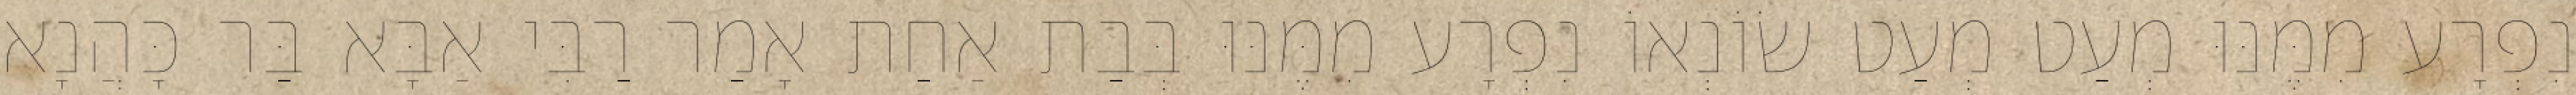
נִפְרָע מִמֶּנּוּ מְעַט מְעַט שׂוֹנְאוֹ נִפְרָע מִמֶּנּוּ בְּבַת אַחַת אָמַר רַבִּי אַבָּא בַּר כָּהֲנָא